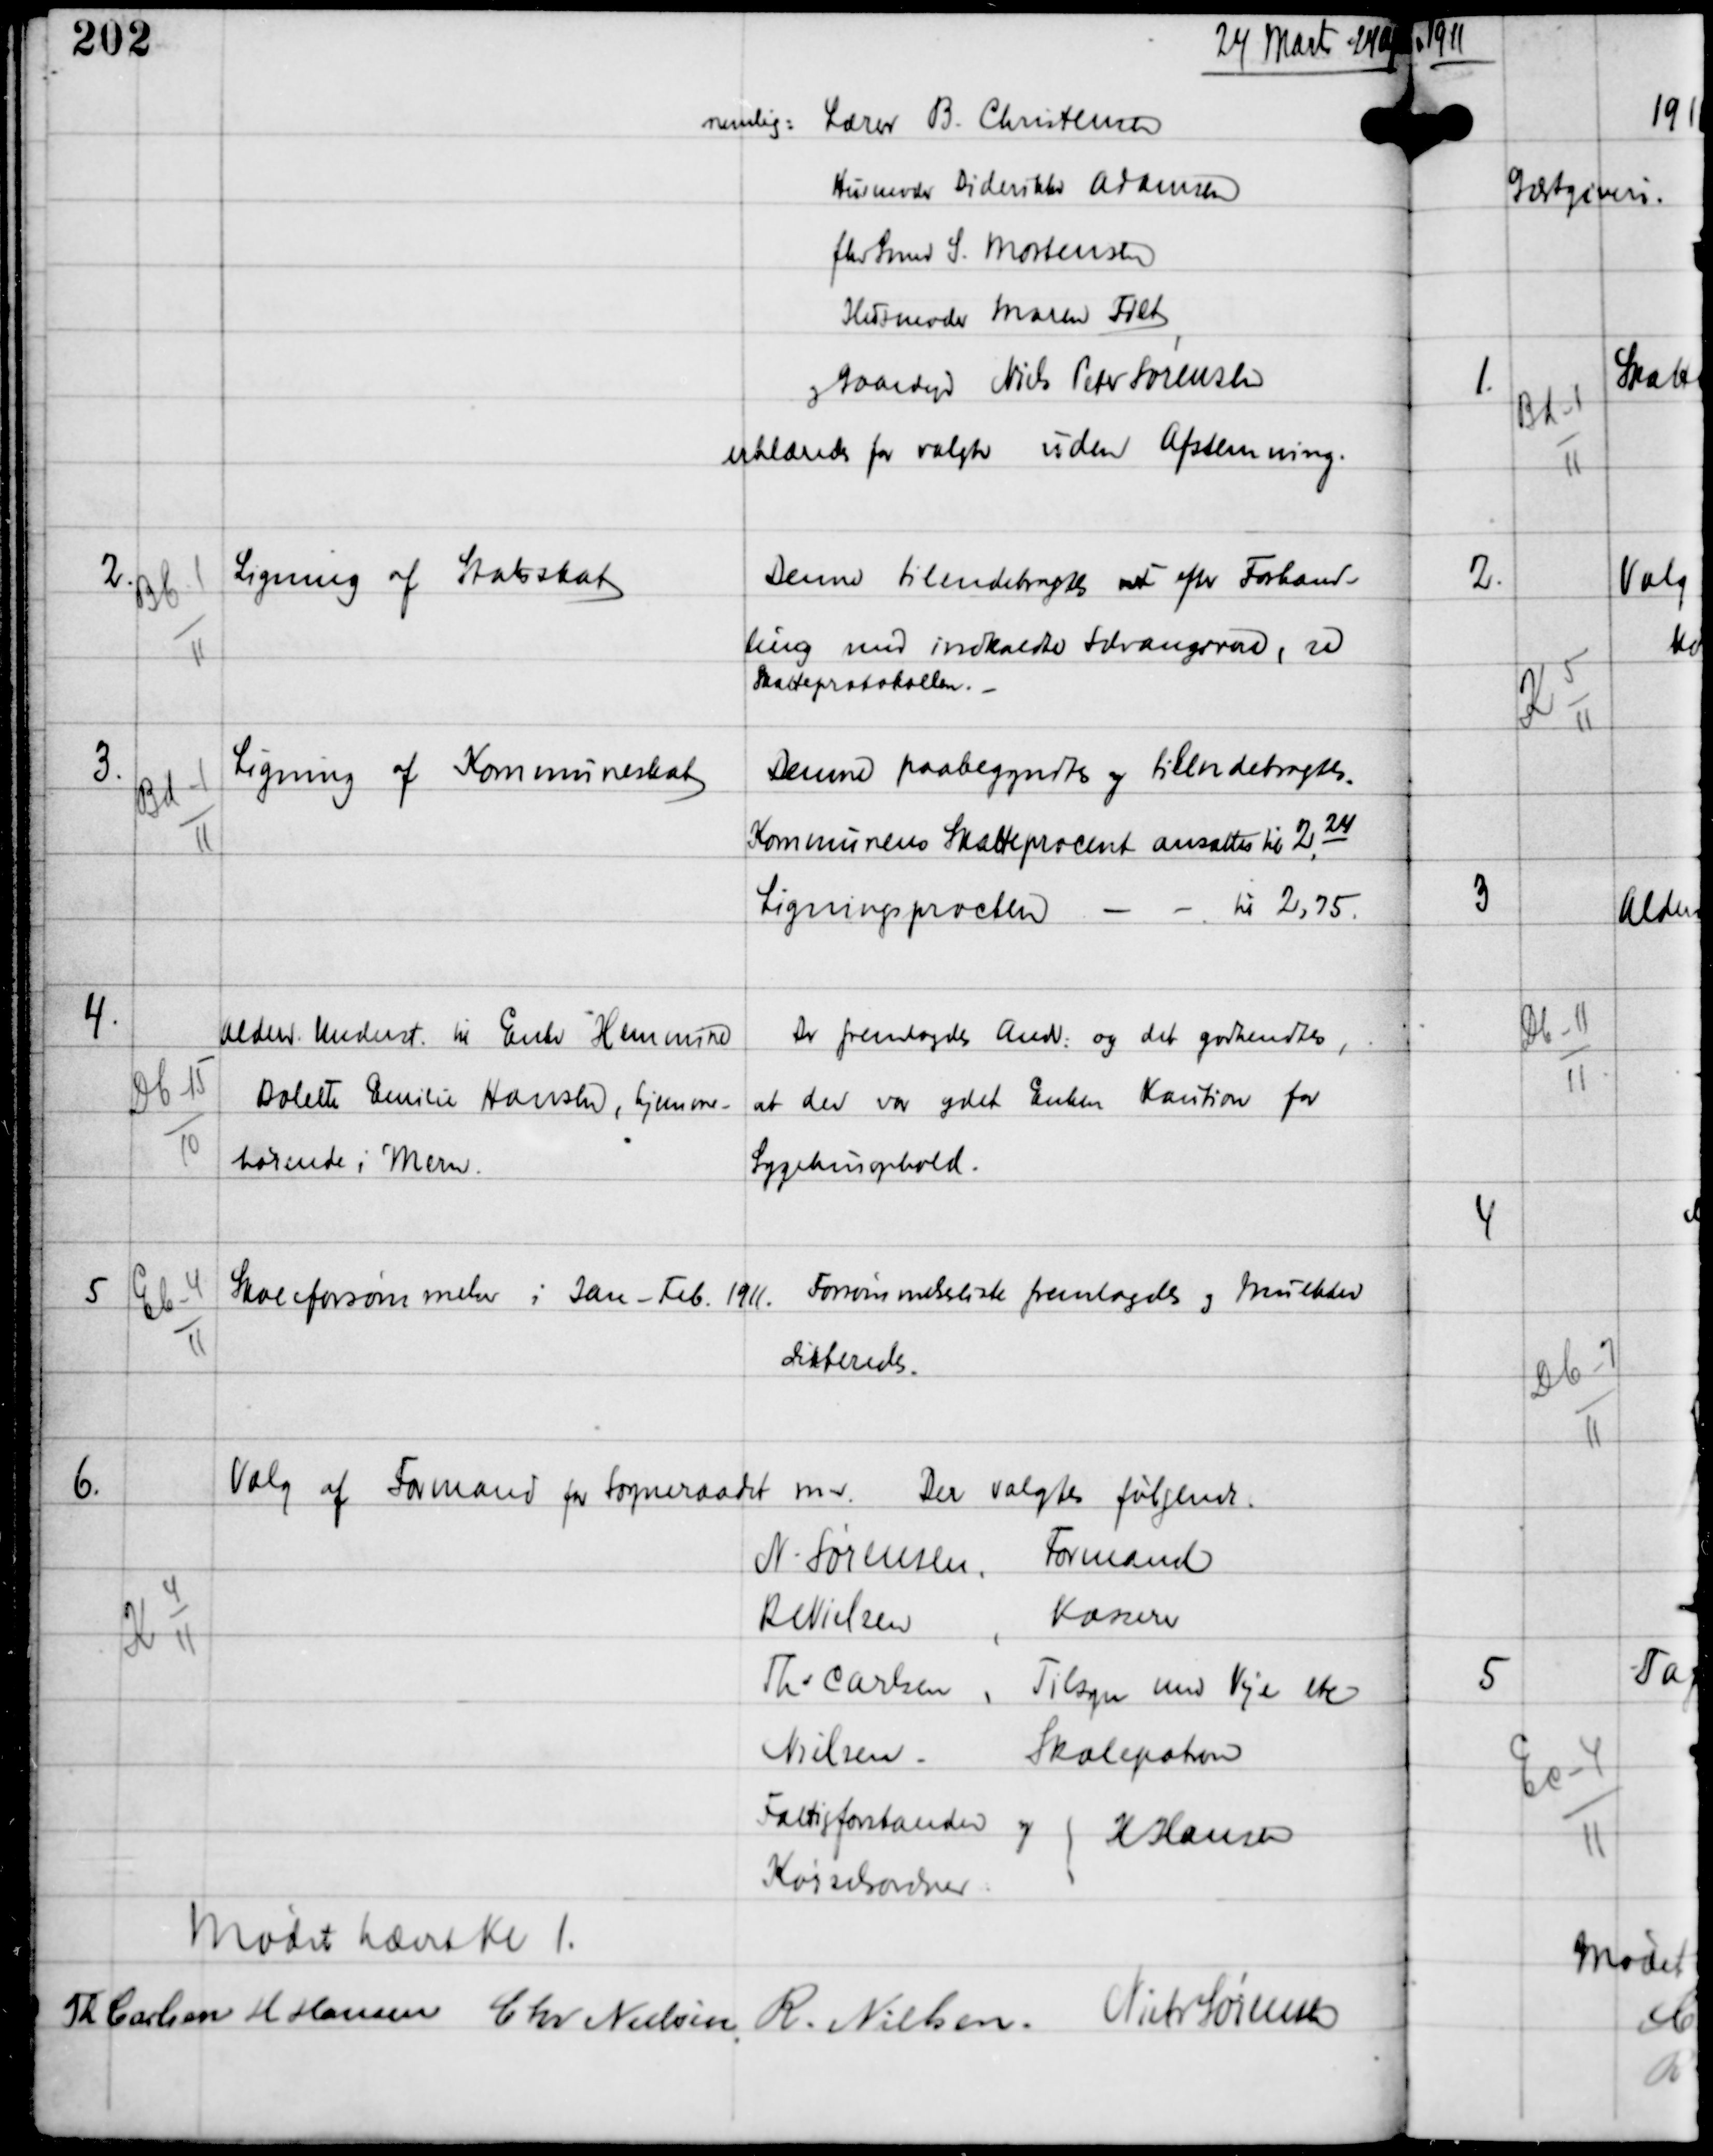
Transskription:
24 Marts - 24 April

nemlig: Lærer B. Christensen
Husmoder Diderikke Adamsen
fhv Smed S. Mortensen
Husmoder Maren Filt
og Gaardejer Niels Peter Sørensen
erklæredes for valgte uden Afstemning.

2.

Bb 1
11

Ligning af Statsskat

Denne tilendebragtes med efter Forhand-
ling med indkaldte Selvangivere, se
Skatteprotokollen. -

3.

Bd-1
11

Ligning af Kommuneskat

Denne paabegyndtes og tilendebragtes.
Kommunernes Skatteprocent ansættes til 2,24
Ligningsprocten - - til 2.75.

4.

Db-15
10

Alderd. Underst til Enken Hemmine
Bolette Emilie Hansen, hjemme-
hørende i Mern.

Der fremlagdes Andr og det godkendtes,
at der var ydet Enken Kaution for
Sygehusophold.

5

Cb-4
11

Skoleforsømmelser i Jan - Feb 1911.

Forsømmelsesliste fremlagdes og Mulkter
dikteredes.

6.

K 4
11

Valg af Formand for Sogneraadet m.v.
Der valgtes følgende.

N Sørensen, Formand
R Nielsen, Kasserer
Ths Carlsen, Tilsyn med Veje etc.
Nielsen, Skolepatron
Fattigforstander og
Kørselsordner
H Hansen

Mødet hævet KL 1
Th Carlsen Chr Nielsen R. Nielsen
Niels Sørensen